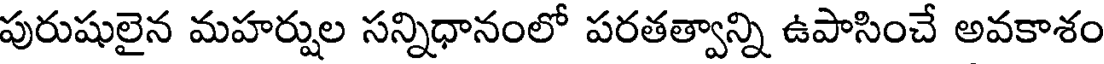
పురుషులైన మహర్షుల సన్నిధానంలో పరతత్వాన్ని ఉపాసించే అవకాశం